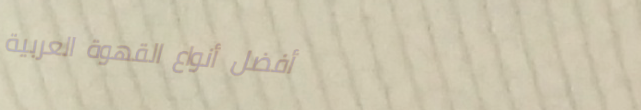
أفضل أنواع القهوة العربية